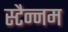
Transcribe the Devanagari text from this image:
स्टैन्नम